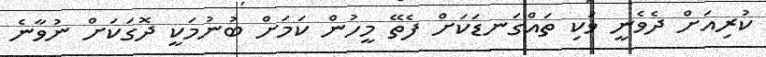
ކުރިއަށް ދެވެނީ ވަކި ތައްގަނޑަކަށް ފެތޭ މީހުން ކަމަށް ބުނުމަކީ ދޮގަކަށް ނުވާނެ